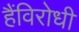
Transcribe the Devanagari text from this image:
हैंविरोधी